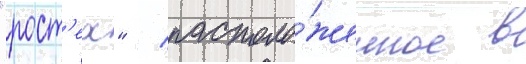
"рост'ех" / располо́женное в